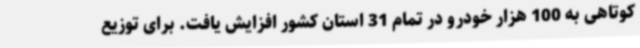
کوتاهی به 100 هزار خودرو در تمام 31 استان کشور افزایش یافت. برای توزیع